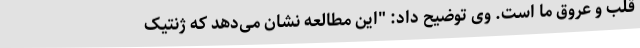
قلب و عروق ما است. وی توضیح داد: "این مطالعه نشان می‌دهد که ژنتیک